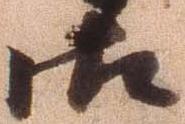
御